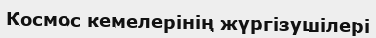
Космос кемелерінің жүргізушілері